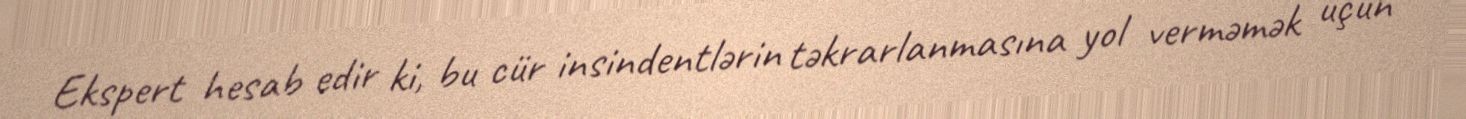
Ekspert hesab edir ki, bu cür insindentlərin təkrarlanmasına yol verməmək üçün